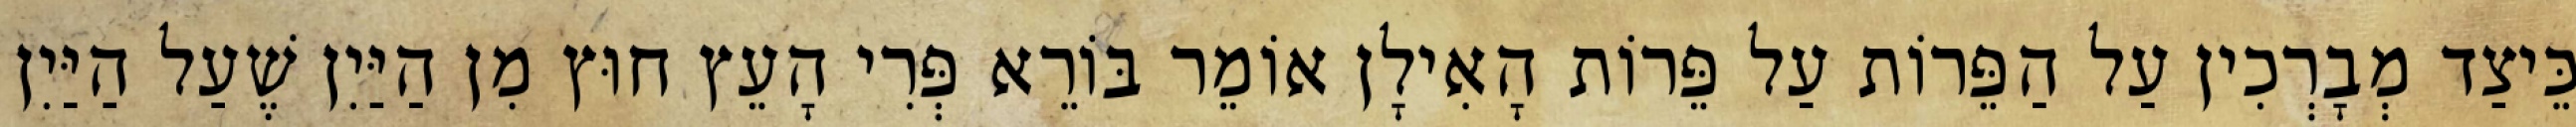
כֵּיצַד מְבָרְכִין עַל הַפֵּרוֹת עַל פֵּרוֹת הָאִילָן אוֹמֵר בּוֹרֵא פְּרִי הָעֵץ חוּץ מִן הַיַּיִן שֶׁעַל הַיַּיִן